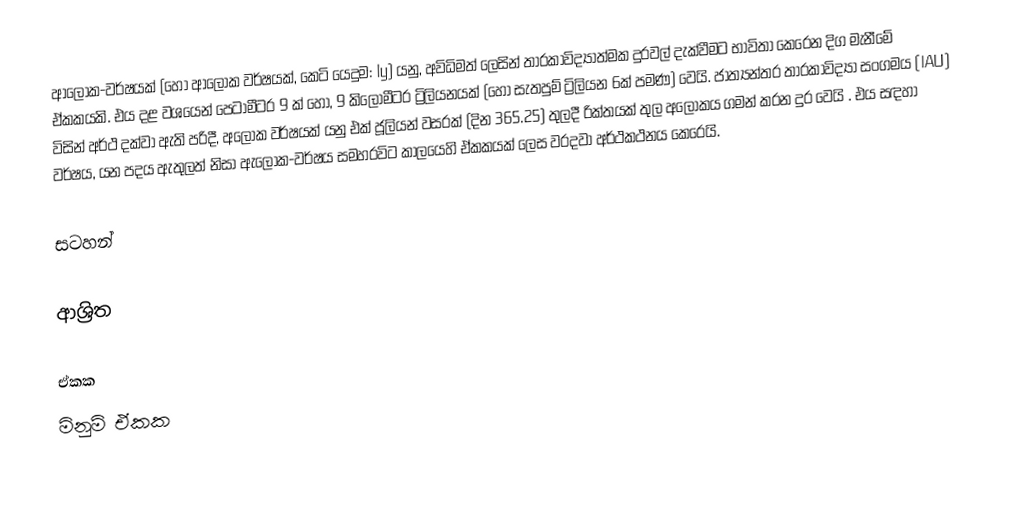
ආලෝක-වර්ෂයක් (හෝ ආලෝක වර්ෂයක්, කෙටි යෙදුම: ly) යනු,  අවිධිමත් ලෙසින් තාරකාවිද්‍යාත්මක දුරවල් දැක්වීමට භාවිතා කෙරෙන දිග මැනීමේ ඒකකයකි. එය දළ වශයෙන් පෙටාමීටර 9 ක් හෝ, 9 කිලෝමීටර ට්‍රිලියනයක්  (හෝ සැතපුම් ට්‍රිලියන 6ක් පමණ) වෙයි. ජාත්‍යන්තර තාරකාවිද්‍යා සංගමය (IAU) විසින් අර්ථ දක්වා ඇති පරිදී, අලෝක වර්ෂයක් යනු එක් ජූලියන් වසරක් (දින 365.25) තුලදී රික්තයක් තුල අලෝකය ගමන් කරන දුර වෙයි  . එය සඳහා වර්ෂය, යන පදය ඇතුලත් නිසා ඇලෝක-වර්ෂය සමහරවිට කාලයෙහි ඒකකයක් ලෙස වරදවා අර්ථකථනය කෙරෙයි.

සටහන්

ආශ්‍රිත

ඒකක
මිනුම් ඒකක